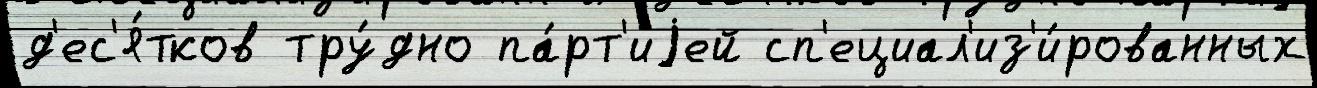
д'ес'я́тков тру́дно па́рт'иjей сп'ециал'из'и́рованных